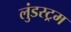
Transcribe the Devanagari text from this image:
लुंडस्ट्रम